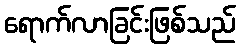
ရောက်လာခြင်းဖြစ်သည်